Report of the Indian Hemp Drugs Commission, 1894-1895 - Volume IV
Year: 1894
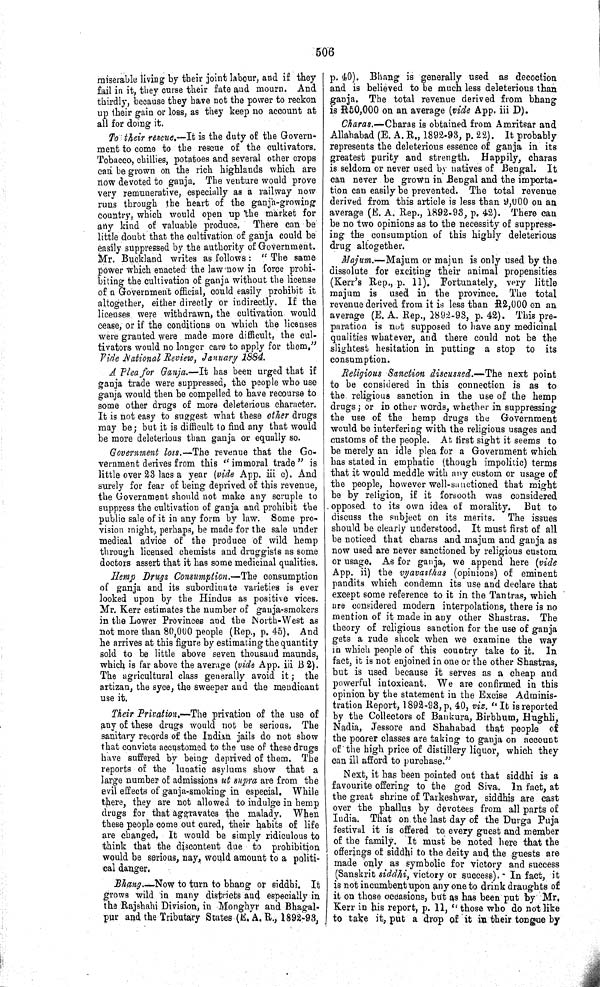
506
miserable living by their joint labour, and if they
fail in it, they curse their fate and mourn. And
thirdly, because they have not the power to reckon
up their gain or loss, as they keep no account at
all for doing it.
To their rescue.-—It is the duty of the Govern-
ment to come to the rescue of the cultivators.
Tobacco, chillies, potatoes and several other crops
can be grown on the rich highlands which are
now devoted to ganja. The venture would prove
very remunerative, especially as a railway now
runs through the heart of the ganja-growing
country, which would open up the market for
any kind of valuable produce. There can be
little doubt that the cultivation of ganja could be
easily suppressed by the authority of Government.
Mr. Buckland writes as follows: "The same
power which enacted the law now in force prohi-
biting the cultivation of ganja without the license
of a Government official, could easily prohibit it
altogether, either directly or indirectly. If the
licenses were withdrawn, the cultivation would
cease, or if the conditions on which the licenses
were granted were made more difficult, the cul-
tivators would no longer care to apply for them."
Vide National Review, January 1884.
A Plea for Ganja.—It has been urged that if
ganja trade were suppressed, the people who use
ganja would then be compelled to have recourse to
some other drugs of more deleterious character.
It is not easy to suggest what these other drugs
may be; but it is difficult to find any that would
be more deleterious than ganja or equally so.
Government loss.—The revenue that the Go-
vernment derives from this "immoral trade" is
little over 23 lacs a year (vi de App. iii c). And
surely for fear of being deprived of this revenue,
the Government should not make any scruple to
suppress the cultivation of ganja and prohibit the
public sale of it in any form by law. Some pro-
vision might, perhaps, be made for the sale under
medical advice of the produce of wild hemp
through licensed chemists and druggists as some
doctors assert that it has some medicinal qualities.
Hemp Drugs Consumption.—The consumption
of ganja and its subordinate varieties is ever
looked upon by the Hindus as positive vices.
Mr. Kerr estimates the number of ganja-smokers
in the Lower Provinces and the North-West as
not more than 80,000 people (Rep., p. 45), And
he arrives at this figure by estimating the quantity
sold to be little above seven thousand maunds,
which is far above the average (vi de App. iii B 2).
The agricultural class generally avoid it; the
artizan, the syce, the sweeper and the mendicant
use it.
Their Privation.—The privation of the use of
any of these drugs would not be serious. The
sanitary records of the Indian jails do not show
that convicts accustomed to the use of these drugs
have suffered by being deprived of them. The
reports of the lunatic asylums show that a
large number of admissions ut supra are from the
evil effects of ganja-smoking in especial. While
there, they are not allowed to indulge in hemp
drugs for that aggravates the malady. When
these people come out cured, their habits of life
are changed. It would be simply ridiculous to
think that the discontent due to prohibition
would be serious, nay, would amount to a politi-
cal danger.
Bhang.—-Now to turn to bhang or siddhi. It
grows wild in many districts and especially in
the Rajshahi Division, in Monghyr and Bhagal-
pur and the Tributary States (E. A. R., 1892-93,
p. 40). Bhang is generally used as decoction
and is believed to be much less deleterious than
ganja. The total revenue derived from bhang
is R50,000 on an average (vide App. iii D).
Charas.—Charas is obtained from Amritsar and
Allahabad (E. A. R., 1892-93, p. 22). It probably
represents the deleterious essence of ganja in its
greatest purity and strength. Happily, charas
is seldom or never used by natives of Bengal. It
can never be grown in Bengal and the importa-
tion can easily be prevented. The total revenue
derived from this article is less than 9,000 on an
average (E. A. Rep., 1892-93, p. 42). There can
be no two opinions as to the necessity of suppress-
ing the consumption of this highly deleterious
drug altogether.
Majum.—Majum or majun is only used by the
dissolute for exciting their animal propensities
(Kerr's Rep., p. 11). Fortunately, very little
majum is used in the province. The total
revenue derived from it is less than R2,000 on an
average (E. A. Rep., 1892-93, p. 42). This pre-
paration is not supposed to have any medicinal
qualities whatever, and there could not be the
slightest hesitation in putting a stop to its
consumption.
Religious Sanction discussed.—The next point
to be considered in this connection is as to
the religious sanction in the use of the hemp
drugs; or in other words, whether in suppressing
the use of the hemp drugs the Government
would be interfering with the religious usages and
customs of the people. At first sight it seems to
be merely an idle plea for a Government which
has stated in emphatic (though impolitic) terms
that it would meddle with any custom or usage of
the people, however well-sanctioned that might
be by religion, if it forsooth was considered
opposed to its own idea of morality. But to
discuss the subject on its merits. The issues
should be clearly understood. It must first of all
be noticed that charas and majum and ganja as
now used are never sanctioned by religious custom
or usage. As for ganja, we append here (vide
App. ii) the vyavasthas (opinions) of eminent
pandits which condemn its use and declare that
except some reference to it in the Tantras, which
are considered modern interpolations, there is no
mention of it made in any other Shastras. The
theory of religious sanction for the use of ganja
gets a rude shock when we examine the way
in which people of this country take to it. In
fact, it is not enjoined in one or the other Shastras,
but is used because it serves as a cheap and
powerful intoxicant. We are confirmed in this
opinion by the statement in the Excise Adminis-
tration Report, 1892-93, p. 40, viz. "It is reported
by the Collectors of Bankura, Birbhum, Hughli,
Nadia, Jessore and Shahabad that people of
the poorer classes are taking to ganja on account
of the high price of distillery liquor, which they
can ill afford to purchase."
Next, it has been pointed out that siddhi is a
favourite offering to the god Siva. In fact, at
the great shrine of Tarkeshwar, siddhis are cast
over the phallus by devotees from all parts of
India. That on the last day of the Durga Puja
festival it is offered to every guest and member
of the family. It must be noted here that the
offerings of siddhi to the deity and the guests are
made only as symbolic for victory and success
(Sanskrit siddhi, victory or success)." In fact, it
is not incumbent upon any one to drink draughts of
it on those occasions, but as has been put by Mr.
Kerr in his report, p. 11, "those who do not like
to take it, put a drop of it in their tongue by